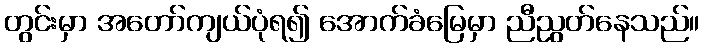
တွင်းမှာ အတော်ကျယ်ပုံရ၍ အောက်ခံမြေမှာ ညီညွတ်နေသည်။